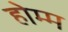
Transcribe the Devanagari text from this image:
होम्म